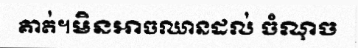
គាត់។មិនអាចឈានដល់ ចំណុច